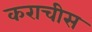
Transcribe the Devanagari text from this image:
कराचीस